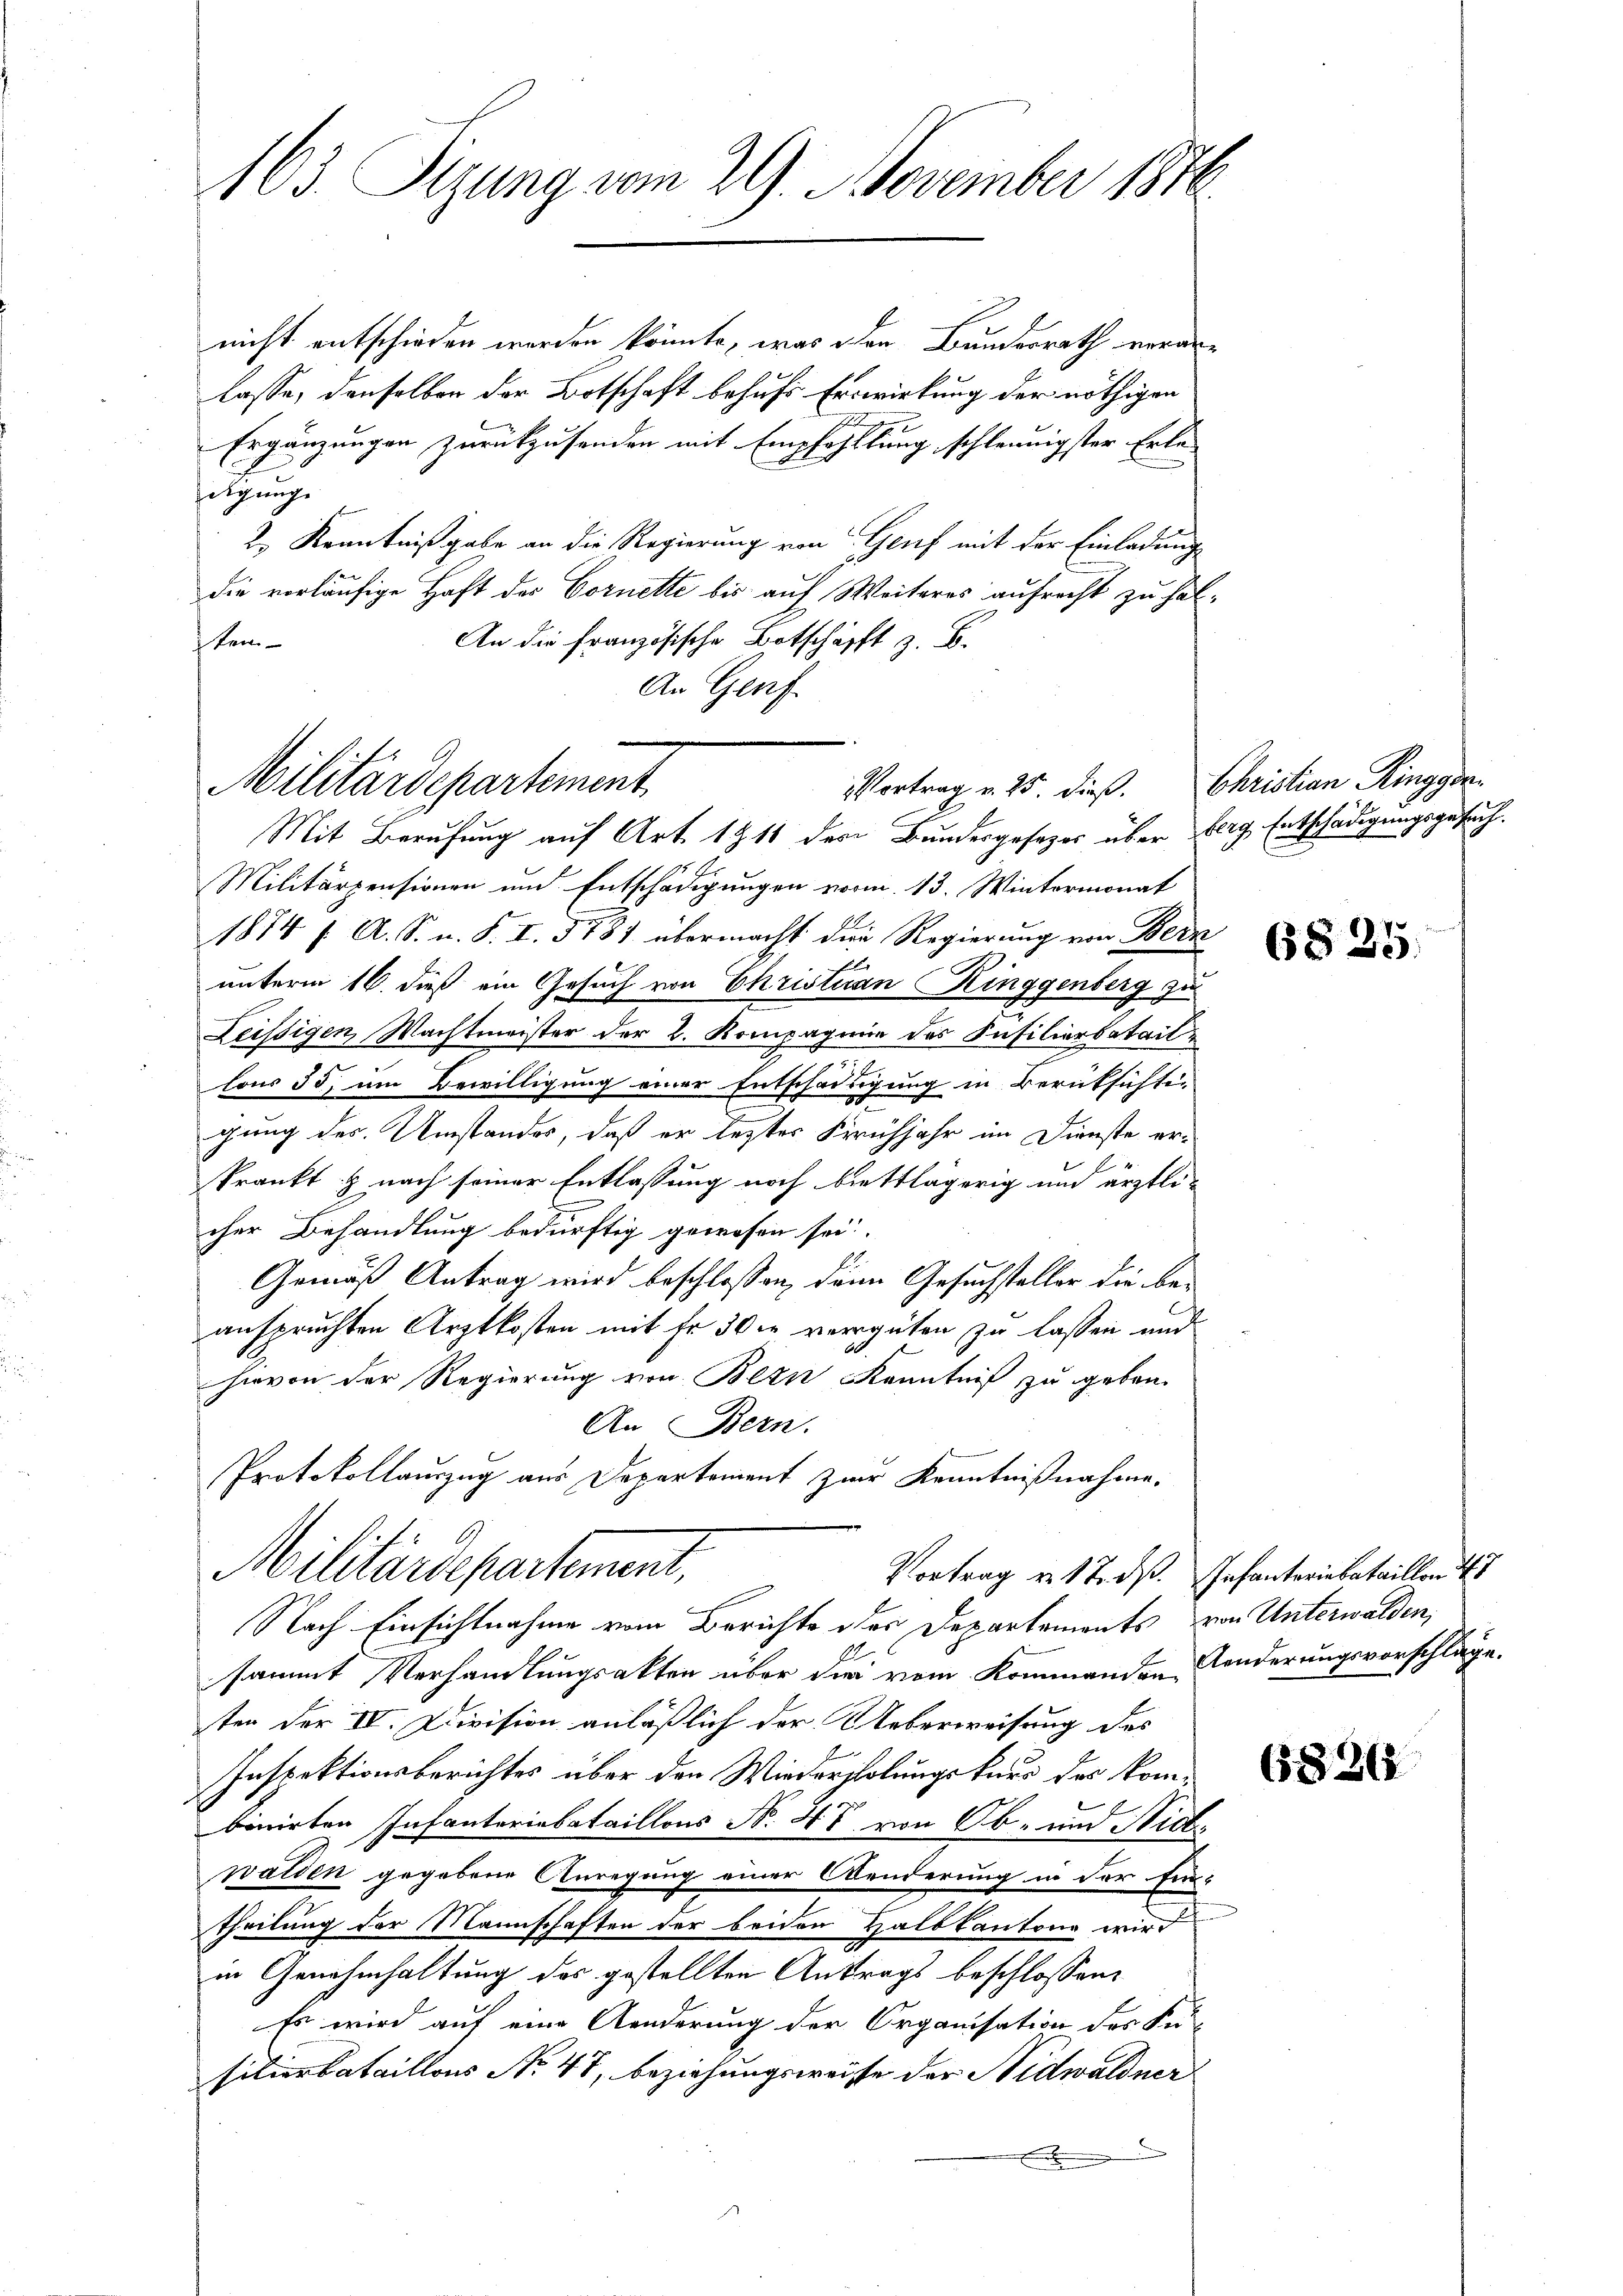
163. Sizung vom 29. November 1876

Vortrag v. 25. dieß. Christian Ringgen
Militärdepartement

nicht entschieden werden könnte, was den Bundesrath veranlasse, denselben der Botschaft behufs Erwirkung der nöthigen
i
Ergänzungen zurückzusenden mit Empfehllung schleunigster Erledigung.
2.) Kenntnißgabe an die Regierung von Genf mit der Einladung
die vorläufige Haft des Cornette bis auf Weiteres aufrecht zu hal¬
An die französische Botschäfft z. B.
Item
An Genf
Mit Berufung auf Art. 1911 der Bundesgesetzes über berg, Entschädigungsgesuch.
Militärpensionen und Entschädigungen vorm. 13. Wintermonat
1874 f. A. S. u. S. I. 5787 übermacht die Regierung von Bern
unterm 16. dieß ein Gesuch von Christian Ringgenberg zu
Leissigen, Wachtmeister der 2. Kompagnie des Füsilierbataillous 35, um Bewilligung einer Entschädigung in Berüksichten
gung des Umstandes, daß er letztes Frühjahr im Dienste er-
krankt & nach seiner Entlassung noch biettlägerig und ärztlicher Behandlung bedürftig gewesen sei.
Gemäß Antrag wird beschlossen, denn Gesuchsteller die beanspruchten Arztkosten mit Fr. 30. vergüten zu lassen und
hievon der Regierung von Bern Kenntniß zu geben.
An Bern.
Protokollauszug aus Departement zur Kenntnißnahme.
Militärdepartement,
Vortrag v. 17. ds. Infanteriebataillon 11
Nach Einsichtnahme vom Berichte des Departements von Unterwalden,
sammt Verhandlungsakten über die vom Kommenden Fonderungsvorschläge.
ten der IV. Division anläßlich der Ueberweisung des
Inspektionsberichtes über den Wiederholungskurs des kombenirten Infanteriabataillons No. 47 von Ob- und Nicl.
walden gegebene Anregung einer Aenderung in der Ein-
theilung der Mannschaften der beiden Halbkantone wird
7
in Genehmhaltung der gestellten Antrags beschlossen:
Es wird auf eine Aenderung der Organisation des Ku-
silierbataillons No. 41, beziehungsweise der Nidwaldner
.

§§ 25.

(§868